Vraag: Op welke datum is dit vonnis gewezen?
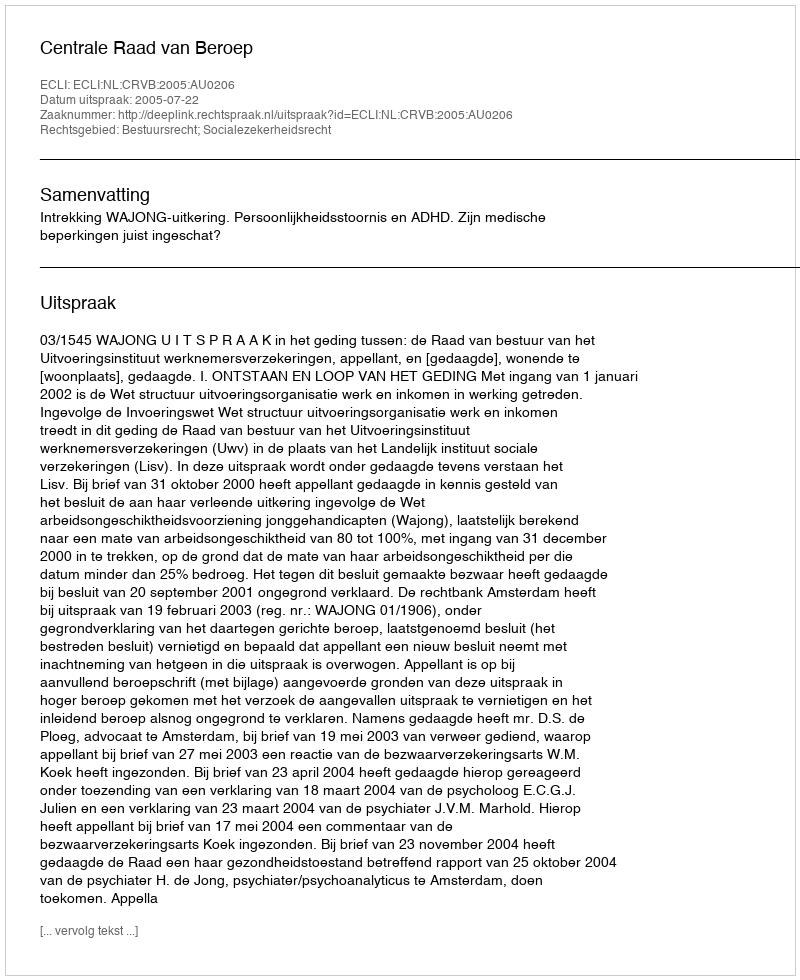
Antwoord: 2005-07-22